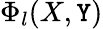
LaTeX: \Phi_{l}(X,\mathtt{Y})